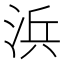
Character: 浜